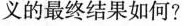
义的最终结果如何?